Medical and sanitary report of the native army of Bengal for the year
Year: 1875
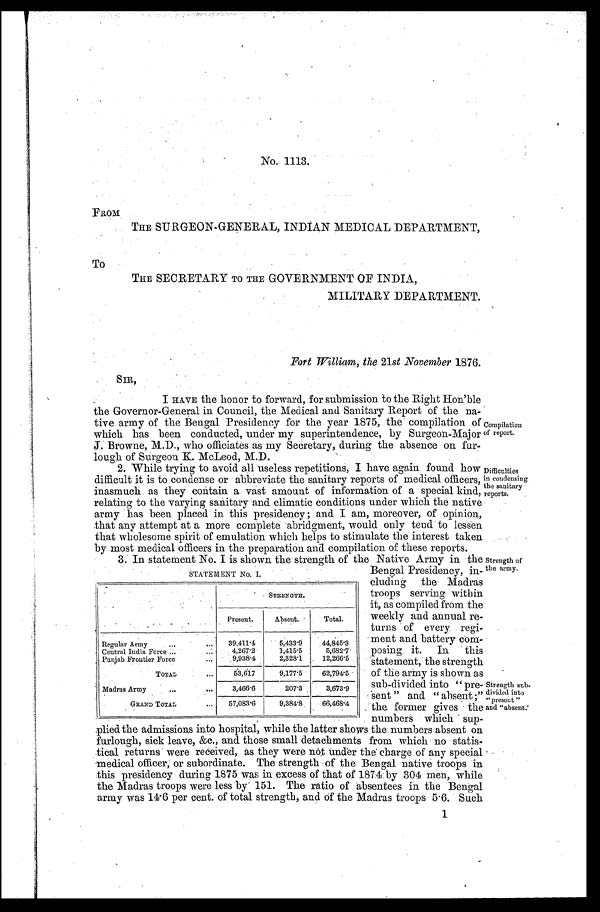
No. 1113.
FROM
THE SURGEON-GENERAL, INDIAN MEDICAL DEPARTMENT,
To
THE SECRETARY TO THE GOVERNMENT OF INDIA,
MILITARY DEPARTMENT.
Fort William, the 21st November 1876.
SIR,
I HAVE the honor to forward, for submission to the Right Hon'ble
the Governor-General in Council, the Medical and Sanitary Report of the na-
tive army of the Bengal Presidency for the year 1875, the compilation of
which has been conducted, under my superintendence, by Surgeon-Major
J. Browne, M.D., who officiates as my Secretary, during the absence on fur-
lough of Surgeon K. McLeod, M.D.
2. While trying to avoid all useless repetitions, I have again found how
difficult it is to condense or abbreviate the sanitary reports of medical officers,
inasmuch as they contain a vast amount of information of a special kind,
relating to the varying sanitary and climatic conditions under which the native
army has been placed in this presidency ; and I am, moreover, of opinion,
that any attempt at a more complete abridgment, would only tend to lessen
that wholesome spirit of emulation which helps to stimulate the interest taken
by most medical officers in the preparation and compilation of these reports.
Compilation
of report.
Difficulties
in condensing
the sanitary
reports.
3. In statement No. I is shown the strength of the Native Army in the
Bengal Presidency, in-
cluding the Madras
troops serving within
it, as compiled from the
weekly and annual re-
turns of every . regi-
- ment and battery
com-
posing, it. In this
statement, the strength
of the army is shown as
sub-divided into "pre
sent" and "absent
:" the former gives the
numbers which sup-
plied the admissions into hospital, while the latter shows the numbers absent on
furlough, sick leave, &c., and those small detachments from which no statis-
tical returns" were received, as they were not under the charge of any special
medical officer, or subordinate. The strength of the Bengal native troops in
this presidency during 1875. was in excess of that of 1874 by 304 men while
the Madras troops were less by 151. The ratio of absentees in the Bengal
army was 14.6 per cent. of total strength, and Of the Madras troops 5.6. Such
STATEMENT No. I.
STRENGTH.
Present.
Absent.
Total.
Regular Army . . .
39,411.4
5,433.9
44,845.3
Central India Force . . .
4,267.2
1,415.5
5,682.7
Punjab Frontier Force . . .
9,938.4
2,328.1
12,266.5
TOTAL . . .
53,617
9,177.5
62,794.5
Madras Army . . .
3,466.6
207.3
3,673.9
GRAND TOTAL . . .
57,083.6
9,384.8
6 6 , 4 6 8 . 4
Strength of
the army.
Strength sub-
divided into
"present "
and "absent.'
1